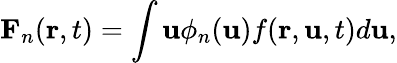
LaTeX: \mathbf{F}_{n}(\mathbf{r},t)=\int\mathbf{u}\phi_{n}(\mathbf{u})f(\mathbf{r},\mathbf{u},t)d\mathbf{u},